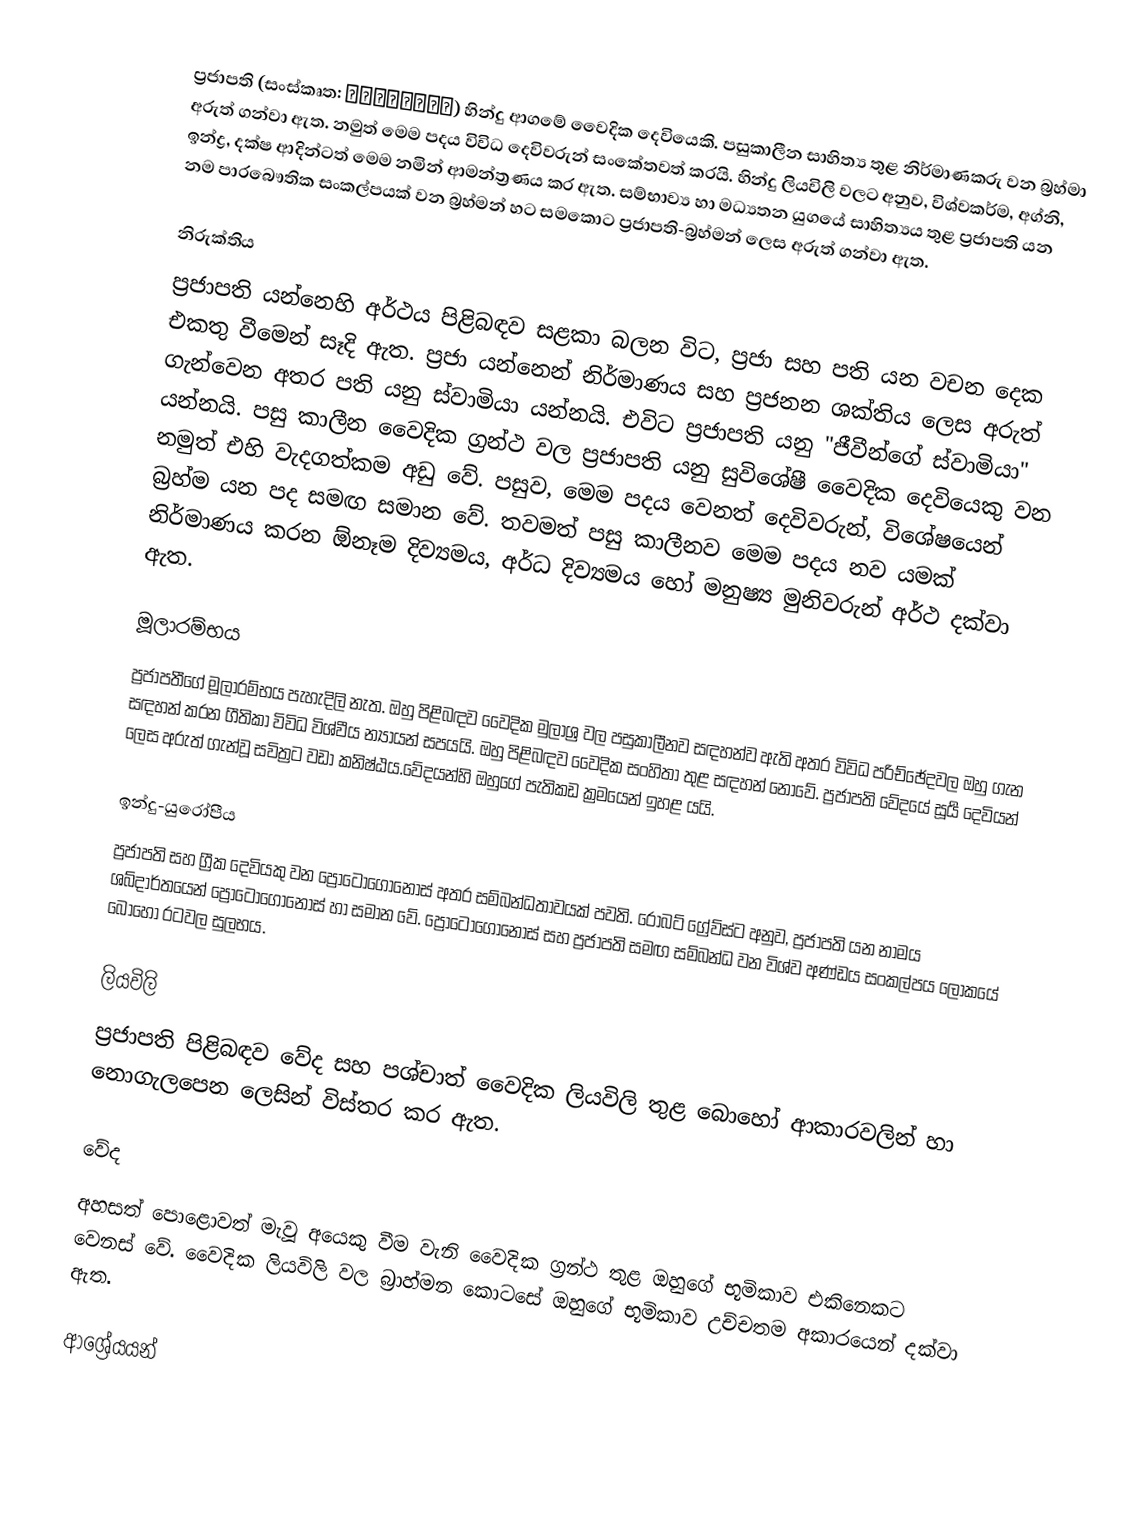
ප්‍රජාපති (සංස්කෘත: प्रजापति) හින්දු ආගමේ වෛදික දෙවියෙකි. පසුකාලීන සාහිත්‍ය තුළ නිර්මාණකරු වන බ්‍රහ්මා අරුත් ගන්වා ඇත. නමුත් මෙම පදය විවිධ දෙවිවරුන් සංකේතවත් කරයි. හින්දු ලියවිලි වලට අනුව, විශ්වකර්ම, අග්නි, ඉන්ද්‍ර, දක්ෂ ආදින්ටත් මෙම නමින් ආමන්ත්‍රණය කර ඇත. සම්භාව්‍ය හා මධ්‍යතන යුගයේ සාහිත්‍යය තුළ ප්‍රජාපති යන නම පාරබෞතික සංකල්පයක් වන බ්‍රහ්මන් හට සමකොට ප්‍රජාපති-බ්‍රහ්මන් ලෙස අරුත් ගන්වා ඇත.

නිරුක්තිය
ප්‍රජාපති යන්නෙහි අර්ථය පිළිබඳව සළකා බලන විට, ප්‍රජා සහ පති යන වචන දෙක එකතු වීමෙන් සෑදි ඇත. ප්‍රජා යන්නෙන් නිර්මාණය සහ ප්‍රජනන ශක්තිය ලෙස අරුත් ගැන්වෙන අතර පති යනු ස්වාමියා යන්නයි. එවිට ප්‍රජාපති යනු "ජීවීන්ගේ ස්වාමියා" යන්නයි. පසු කාලීන වෛදික ග්‍රන්ථ වල ප්‍රජාපති යනු සුවිශේෂී වෛදික දෙවියෙකු වන නමුත් එහි වැදගත්කම අඩු වේ. පසුව, මෙම පදය වෙනත් දෙවිවරුන්, විශේෂයෙන් බ්‍රහ්ම යන පද සමඟ සමාන වේ. තවමත් පසු කාලීනව මෙම පදය නව යමක් නිර්මාණය කරන ඕනෑම දිව්‍යමය, අර්ධ දිව්‍යමය හෝ මනුෂ්‍ය මුනිවරුන් අර්ථ දක්වා ඇත.

මූලාරම්භය
ප්‍රජාපතීගේ මූලාරම්භය පැහැදිලි නැත. ඔහු පිළිබඳව වෛදික මුලාශ්‍ර වල පසුකාලීනව සඳහන්ව ඇති අතර විවිධ පරිච්ඡේදවල ඔහු ගැන සඳහන් කරන ගීතිකා විවිධ විශ්වීය න්‍යායන් සපයයි. ඔහු පිළිබඳව වෛදික සංහිතා තුළ සඳහන් නොවේ. ප්‍රජාපති වේදයේ සූර්‍ය දෙවියන් ලෙස අරුත් ගැන්වූ සවිත්‍රට වඩා කනිෂ්ඨය.වේදයන්හි ඔහුගේ පැතිකඩ ක්‍රමයෙන් ඉහළ යයි.

ඉන්දු-යුරෝපීය
ප්‍රජාපති සහ ග්‍රීක දෙවියකු වන ප්‍රෝටොගොනොස් අතර සම්බන්ධතාවයක් පවති. රොබට් ග්‍රේව්ස්ට අනුව, ප්‍රජාපති යන නාමය ශබ්දාර්තයෙන් ප්‍රෝටොගොනොස් හා සමාන වේ. ප්‍රෝටොගොනොස් සහ ප්‍රජාපති සමඟ සම්බන්ධ වන විශ්ව අණ්ඩය සංකල්පය ලෝකයේ බොහෝ රටවල සුලභය.

ලියවිලි
ප්‍රජාපති පිළිබඳව වේද සහ පශ්චාත් වෛදික ලියවිලි තුළ බොහෝ ආකාරවලින් හා නොගැලපෙන ලෙසින් විස්තර කර ඇත.

වේද
අහසත් පොළොවත් මැවූ අයෙකු වීම වැනි වෛදික ග්‍රන්ථ තුළ ඔහුගේ භූමිකාව එකිනෙකට වෙනස් වේ. වෛදික ලියවිලි වල බ්‍රාහ්මන කොටසේ ඔහුගේ භූමිකාව උච්චතම අකාරයෙන් දක්වා ඇත.

ආශ්‍රේයයන්